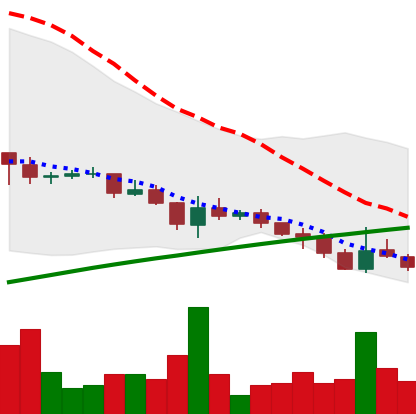
Ticker: DOGE-USD
Chart end date: 2021-07-19
Forward return: 13.692%
Label: up_7plus